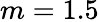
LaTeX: m=1.5